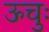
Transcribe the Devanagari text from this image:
ऊचुः